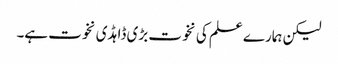
لیکن ہمارے علم کی نخوت بڑی ڈاہڈی نخوت ہے۔